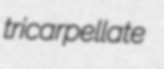
tricarpellate